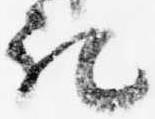
記